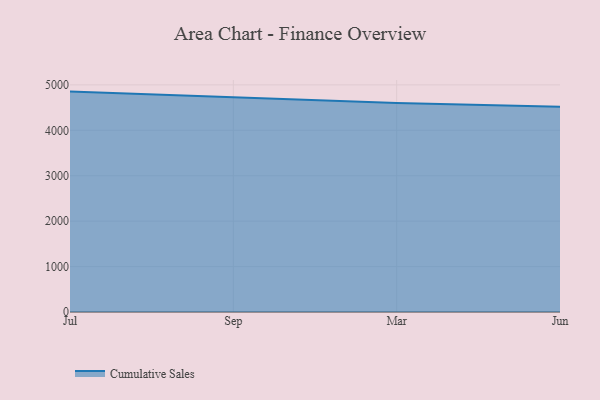
{"axis": {"x": "Month", "y": "Active Users"}, "legend": ["Cumulative Sales"], "data": [{"x": "Jul", "y": 4852.2, "type": "Cumulative Sales"}, {"x": "Sep", "y": 4733.3, "type": "Cumulative Sales"}, {"x": "Mar", "y": 4599.9, "type": "Cumulative Sales"}, {"x": "Jun", "y": 4519.0, "type": "Cumulative Sales"}]}